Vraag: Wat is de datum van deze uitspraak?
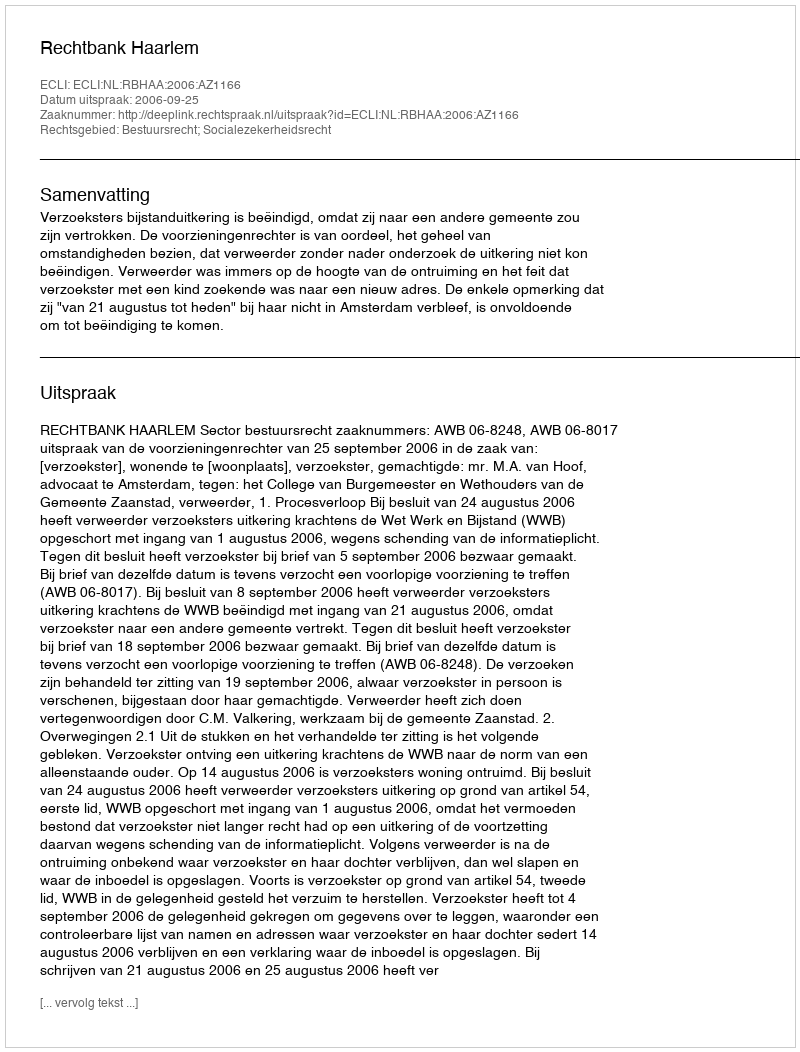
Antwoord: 2006-09-25